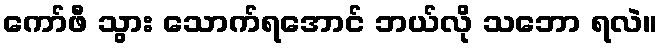
ကော်ဖီ သွား သောက်ရအောင် ဘယ်လို သဘော ရလဲ။